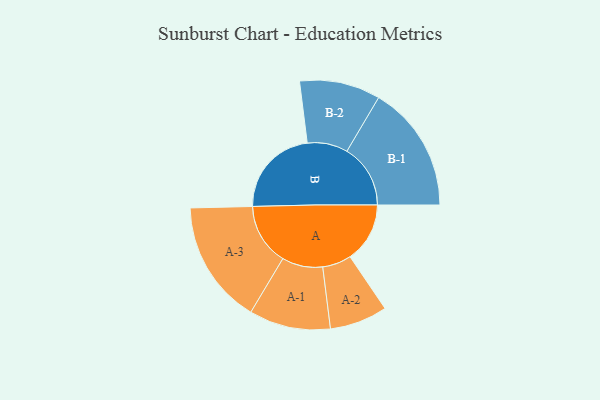
{"axis": {"x": "Segment", "y": "Value"}, "legend": ["", "A", "B"], "data": [{"x": "A", "y": 207, "type": ""}, {"x": "B", "y": 312, "type": ""}, {"x": "A-1", "y": 141, "type": "A"}, {"x": "A-2", "y": 100, "type": "A"}, {"x": "A-3", "y": 214, "type": "A"}, {"x": "B-1", "y": 220, "type": "B"}, {"x": "B-2", "y": 140, "type": "B"}]}